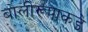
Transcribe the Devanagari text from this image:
बोलीरूपाकडे